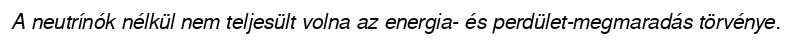
A neutrínók nélkül nem teljesült volna az energia- és perdület-megmaradás törvénye.